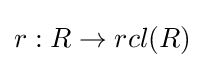
r:R\to rcl(R)